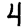
Digit: 4